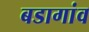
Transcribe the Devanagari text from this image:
बडागांव